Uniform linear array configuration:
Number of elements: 24
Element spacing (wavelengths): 1
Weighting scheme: cosine
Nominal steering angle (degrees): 45
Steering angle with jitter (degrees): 44.238
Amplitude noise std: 0.05
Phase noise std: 0.05

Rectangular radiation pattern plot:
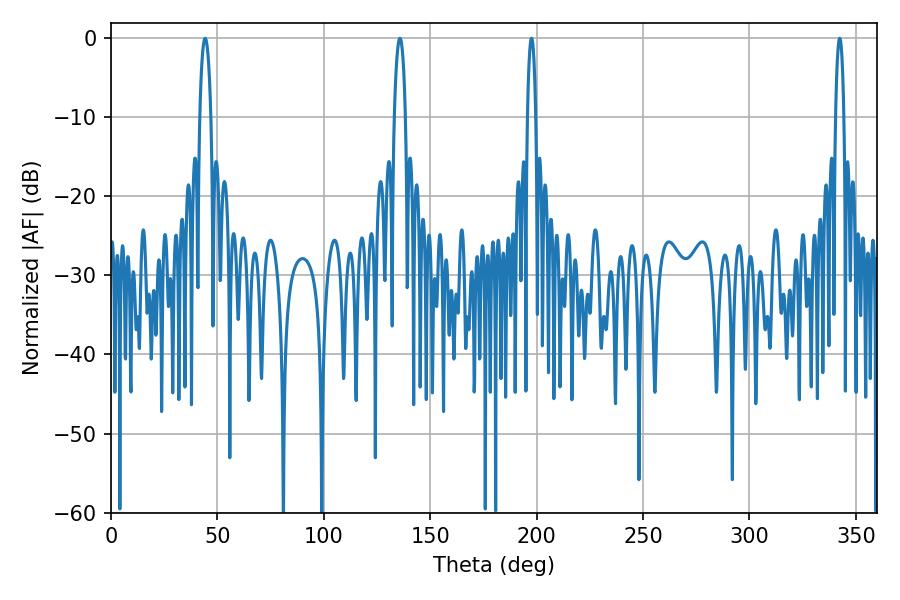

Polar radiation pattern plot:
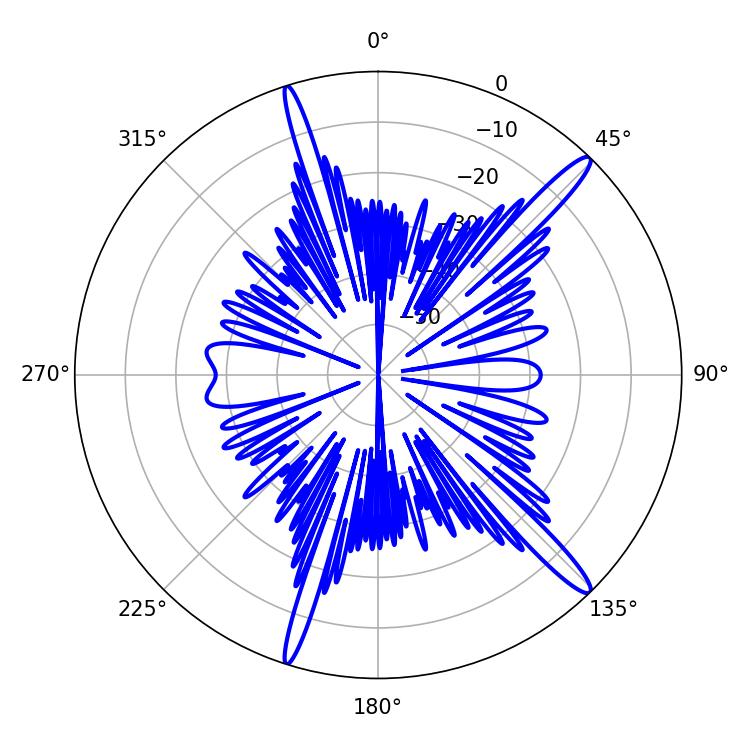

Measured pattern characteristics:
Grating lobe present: TRUE
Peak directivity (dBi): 15.67
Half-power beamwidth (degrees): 2.88
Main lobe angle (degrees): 44.28